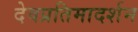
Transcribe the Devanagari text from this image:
देवप्रतिमादर्शन